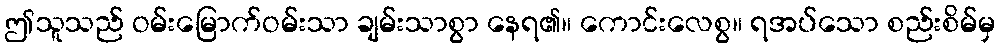
ဤသူသည် ဝမ်းမြောက်ဝမ်းသာ ချမ်းသာစွာ နေရ၏။ ကောင်းလေစွ။ ရအပ်သော စည်းစိမ်မှ